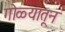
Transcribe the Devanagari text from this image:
गोळ्यातून